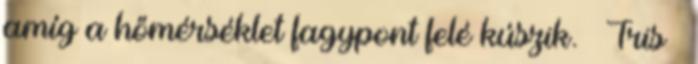
amíg a hőmérséklet fagypont felé kúszik. – Tris –